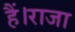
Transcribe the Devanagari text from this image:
हैं।राजा